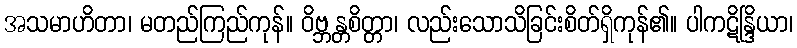
အသမာဟိတာ၊ မတည်ကြည်ကုန်။ ဝိဗ္ဘန္တစိတ္တာ၊ လည်းသောသိခြင်းစိတ်ရှိကုန်၏။ ပါကဋိန္ဒြိယာ၊